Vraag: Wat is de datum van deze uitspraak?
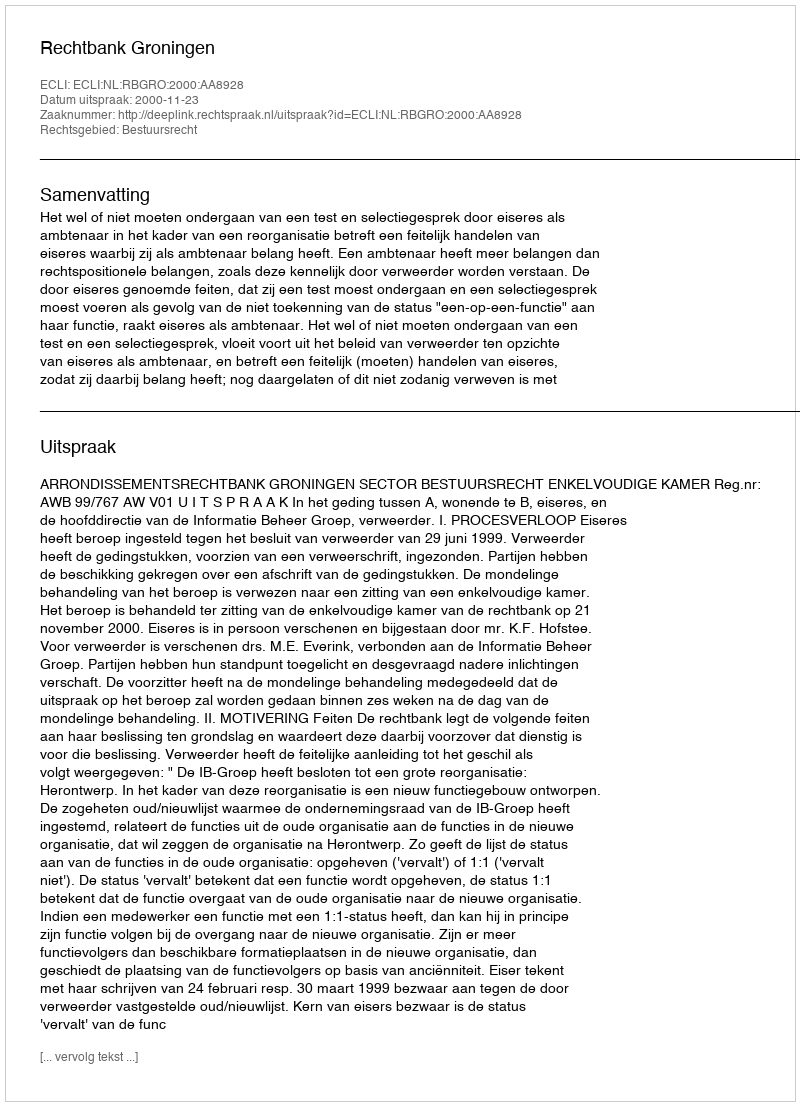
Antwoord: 2000-11-23